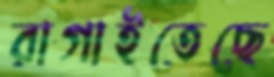
রাগাইতেছে